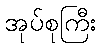
အုပ်စုကြီး